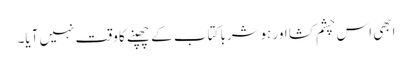
ابھی اس چشم کشا اور ہوشربا کتاب کے چھپنے کا وقت نہیں آیا۔